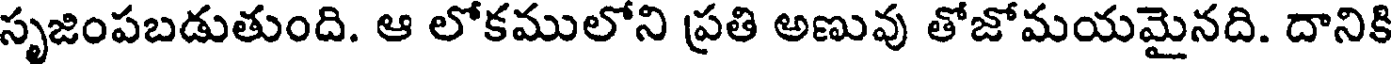
సృజింపబడుతుంది. ఆ లోకములోని ప్రతి అణువు తోజోమయమైనది. దానికి